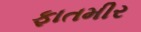
ફાતમીર